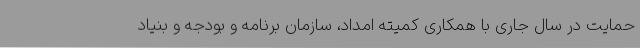
حمایت در سال جاری با همکاری کمیته امداد، سازمان برنامه و بودجه و بنیاد